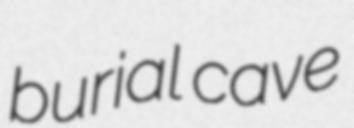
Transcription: burial cave